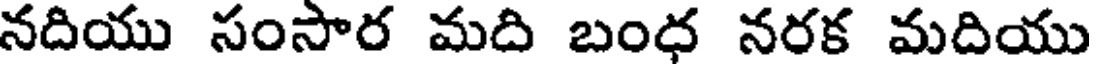
నదియు సంసార మది బంధ నరక మదియు